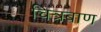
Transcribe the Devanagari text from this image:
चित्रबाण